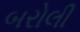
બરોલી